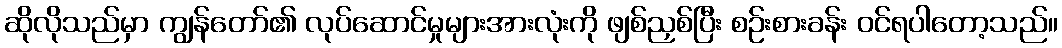
ဆိုလိုသည်မှာ ကျွန်တော်၏ လုပ်ဆောင်မှုများအားလုံးကို ဖျစ်ညှစ်ပြီး စဉ်းစားခန်း ဝင်ရပါတော့သည်။